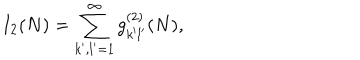
LaTeX: I _ { 2 } ( N ) = \sum _ { k ^ { \prime } , l ^ { \prime } = 1 } ^ { \infty } g _ { k ^ { \prime } l ^ { \prime } } ^ { ( 2 ) } ( N ) ,